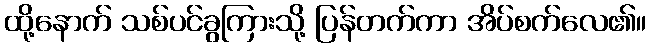
ထို့နောက် သစ်ပင်ခွကြားသို့ ပြန်တက်ကာ အိပ်စက်လေ၏။